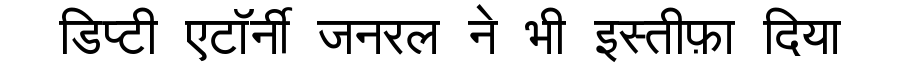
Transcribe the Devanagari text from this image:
डिप्टी एटॉर्नी जनरल ने भी इस्तीफ़ा दिया